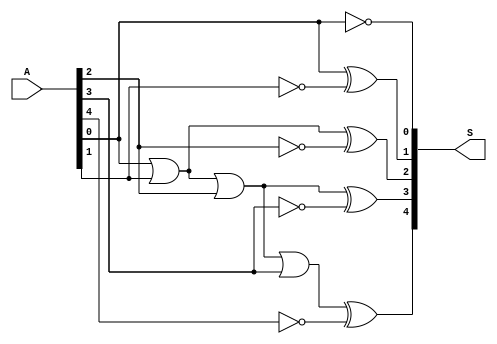
module DECRE5B (

	input [4:0] A,
	output [4:0] S

);

	assign S[0] = ~A[0];
	assign S[1] = A[0] ^ ~A[1];
	assign S[2] = (A[0] | A[1]) ^ ~A[2];
	assign S[3] = ((A[0] | A[1]) | A[2]) ^ ~A[3];
	assign S[4] = (((A[0] | A[1]) | A[2]) | A[3]) ^ ~A[4];
	
endmodule